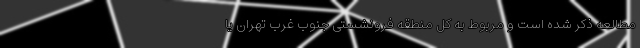
مطالعه ذکر شده است و مربوط به کل منطقه فرونشستی جنوب غرب تهران یا